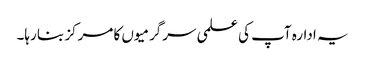
یہ ادارہ آپ کی علمی سرگرمیوں کا مرکز بنا رہا۔